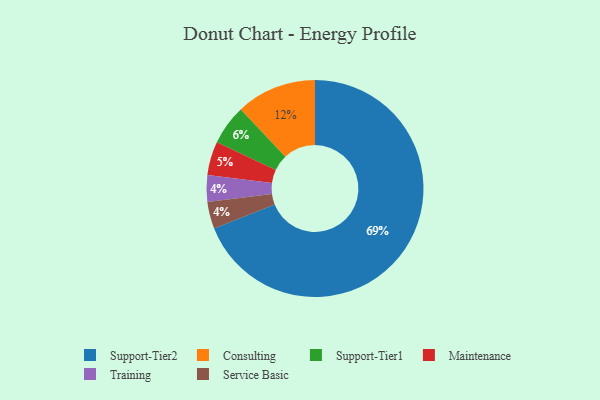
{"axis": {"x": "Category", "y": "Percentage"}, "legend": ["Consulting", "Maintenance", "Service Basic", "Support-Tier1", "Support-Tier2", "Training"], "data": [{"x": "Maintenance", "y": 5, "type": "Maintenance"}, {"x": "Support-Tier2", "y": 69, "type": "Support-Tier2"}, {"x": "Consulting", "y": 12, "type": "Consulting"}, {"x": "Support-Tier1", "y": 6, "type": "Support-Tier1"}, {"x": "Training", "y": 4, "type": "Training"}, {"x": "Service Basic", "y": 4, "type": "Service Basic"}]}